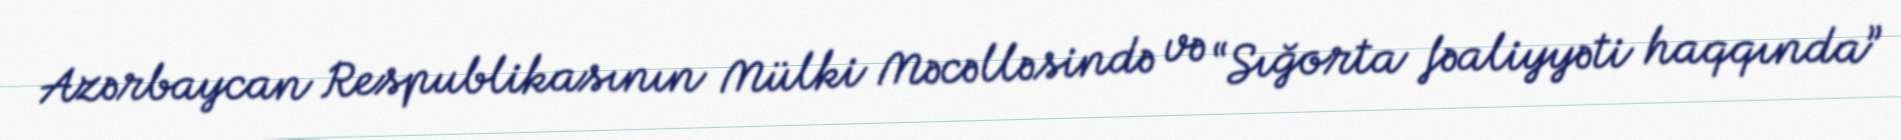
Azərbaycan Respublikasının Mülki Məcəlləsində və “Sığorta fəaliyyəti haqqında”